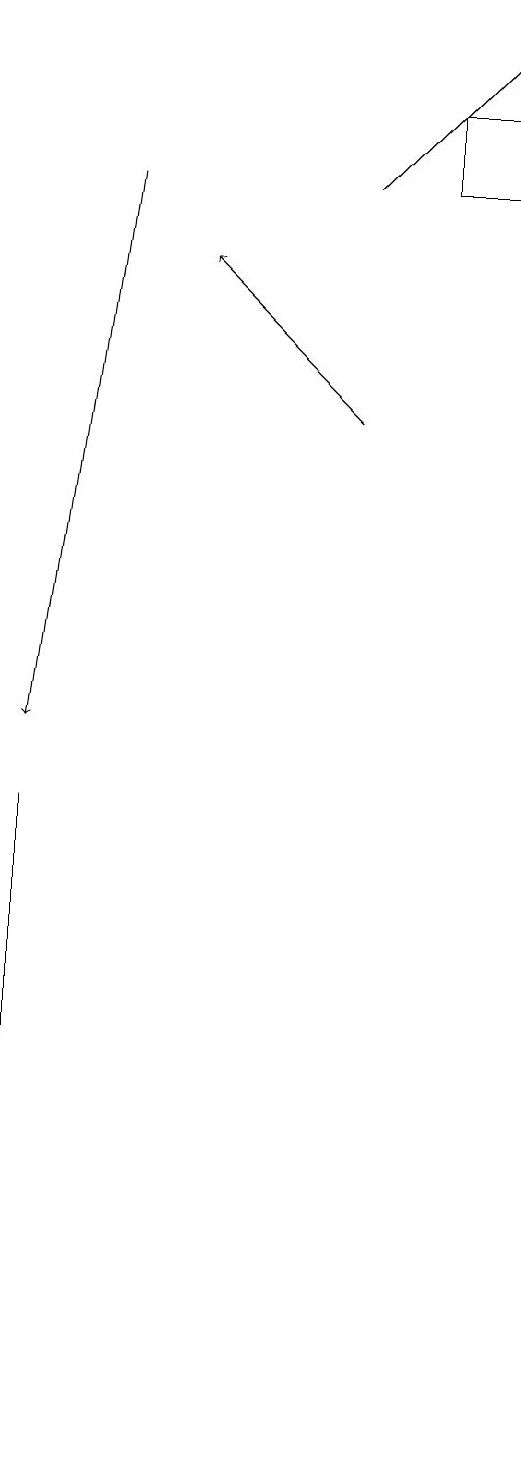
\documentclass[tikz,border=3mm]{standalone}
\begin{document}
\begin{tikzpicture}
\draw[->] (2,17) -- (1,10);
\draw[->] (5,14) -- (3,16);
\draw (1,4) -- (1,1) -- (1,9) -- cycle;
\draw (6,17) rectangle (7,18);
\draw[->] (5,17) -- (7,19);
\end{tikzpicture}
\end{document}